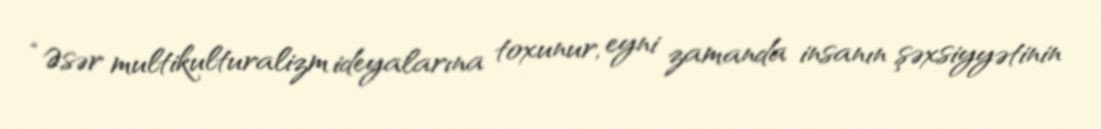
“Əsər multikulturalizm ideyalarına toxunur, eyni zamanda insanın şəxsiyyətinin